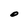
Character: O